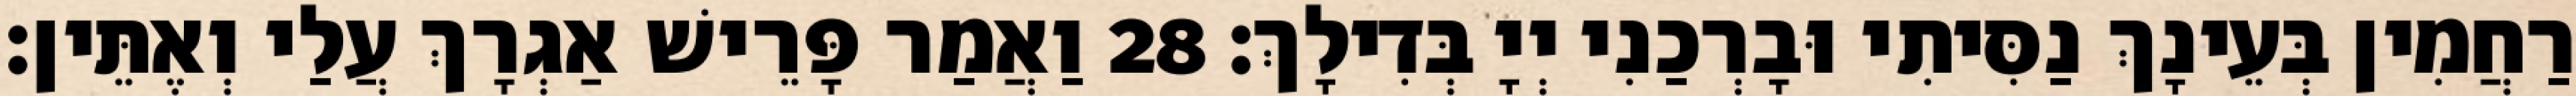
רַחֲמִין בְּעֵינָךְ נַסִּיתִי וּבָרְכַנִי יְיָ בְּדִילָךְ׃ 28 וַאֲמַר פָּרֵישׁ אַגְרָךְ עֲלַי וְאֶתֵּין׃